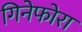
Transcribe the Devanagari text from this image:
गिनेफोरा